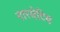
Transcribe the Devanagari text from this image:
नारमेटिव